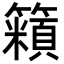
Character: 𬕿